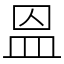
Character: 𥁕